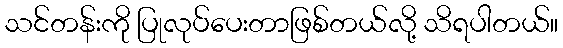
သင်တန်းကို ပြုလုပ်ပေးတာဖြစ်တယ်လို့ သိရပါတယ်။